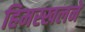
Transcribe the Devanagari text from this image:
हिमस्खलने